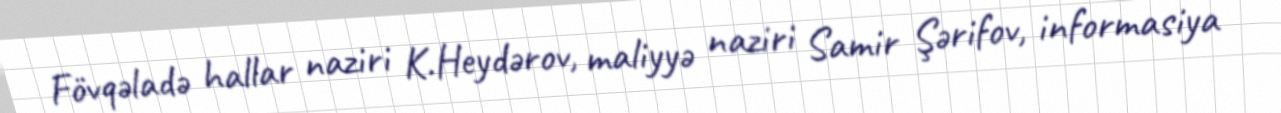
Fövqəladə hallar naziri K.Heydərov, maliyyə naziri Samir Şərifov, informasiya